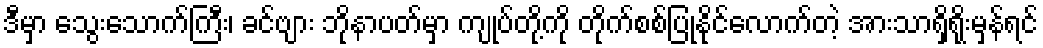
ဒီမှာ သွေးသောက်ကြီး၊ ခင်ဗျား ဘိုနာပတ်မှာ ကျုပ်တို့ကို တိုက်စစ်ပြုနိုင်လောက်တဲ့ အားသာရှိရိုးမှန်ရင်